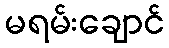
မရမ်းချောင်